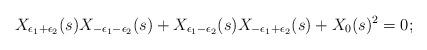
LaTeX: \begin{align*}X_{\epsilon_1+\epsilon_2}(s)X_{-\epsilon_1-\epsilon_2}(s)+ X_{\epsilon_1-\epsilon_2}(s)X_{-\epsilon_1+\epsilon_2}(s)+X_0(s)^2=0;\end{align*}